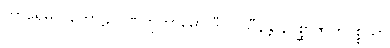
ကာရေမိ ပုတောဠိ ဂဏှိတုကာမော ဒီပဝါသီနန္တိ နပစ္ဆာဇာတပစ္စယာ